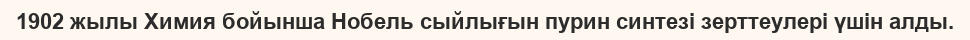
1902 жылы Химия бойынша Нобель сыйлығын пурин синтезі зерттеулері үшін алды.